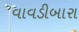
વાવડીબારા